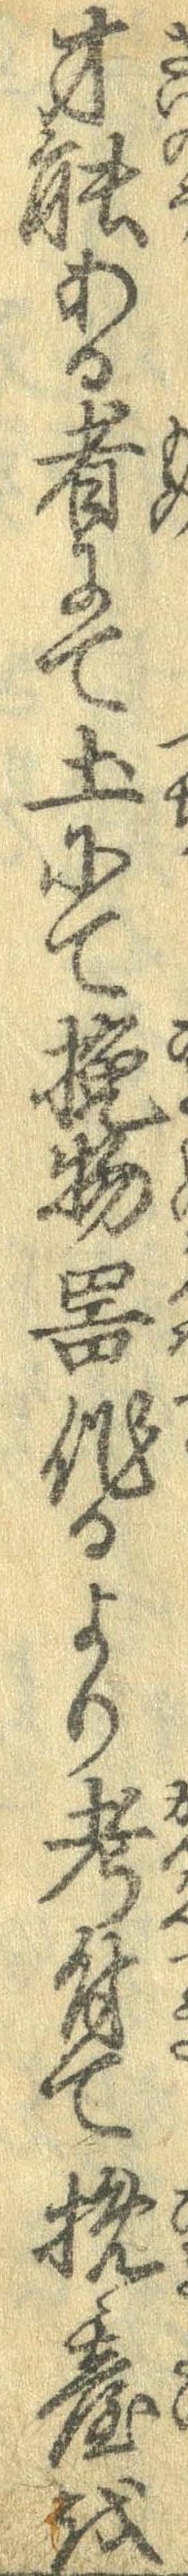
才能ある者にて土にて挽物器作るより考付て挽台を